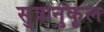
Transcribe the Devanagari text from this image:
सुत्रानुकूल